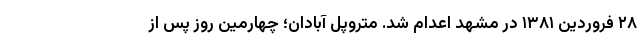
۲۸ فروردین ۱۳۸۱ در مشهد اعدام شد. متروپل آبادان؛ چهارمین روز پس از